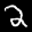
Label: 2